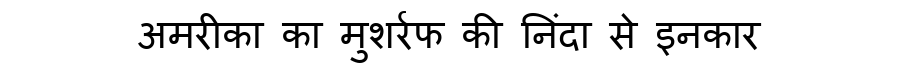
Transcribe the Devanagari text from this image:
अमरीका का मुशर्रफ की निंदा से इनकार